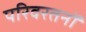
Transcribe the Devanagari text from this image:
परिवरतनों